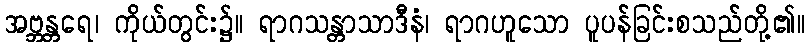
အဗ္ဘန္တရေ၊ ကိုယ်တွင်း၌။ ရာဂသန္တာသာဒီနံ၊ ရာဂဟူသော ပူပန်ခြင်းစသည်တို့၏။